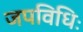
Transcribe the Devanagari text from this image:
जपविधिः